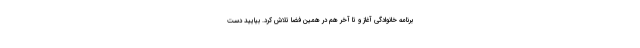
برنامه خانوادگی آغاز و تا آخر هم در همین فضا تلاش کرد. بیایید دست